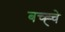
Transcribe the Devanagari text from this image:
बच्ह्चे